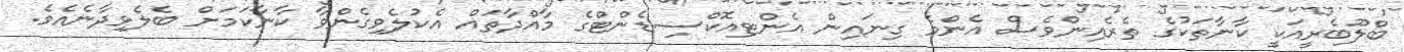
ބްލޫބެރީއަކީ ކާނާތަކުގެ ތެރެއިންވެސް އެންމެ ގިނައިން އެންޓިއޮކްސިޑެންޓްގެ މާއްދާތައް އެކުލެވިގެންވާ ކާނާކަމަށް ބެލެވިދާނެއެވެ.